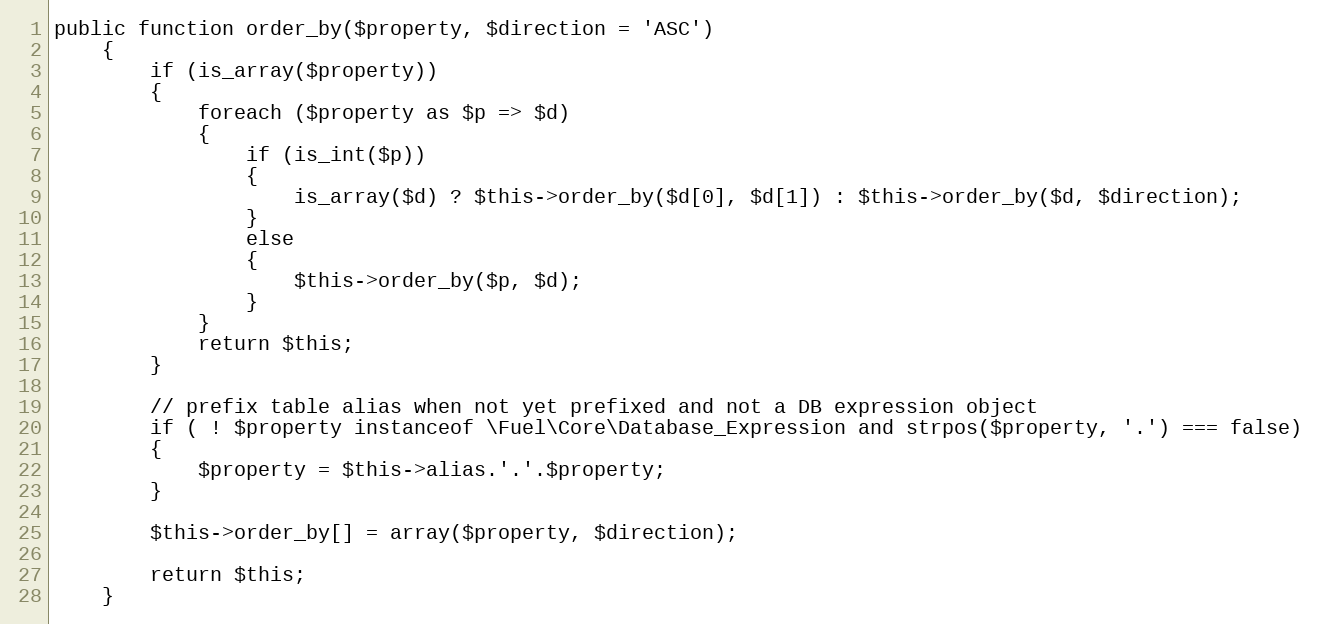
Language: PHP
public function order_by($property, $direction = 'ASC')
	{
		if (is_array($property))
		{
			foreach ($property as $p => $d)
			{
				if (is_int($p))
				{
					is_array($d) ? $this->order_by($d[0], $d[1]) : $this->order_by($d, $direction);
				}
				else
				{
					$this->order_by($p, $d);
				}
			}
			return $this;
		}

		// prefix table alias when not yet prefixed and not a DB expression object
		if ( ! $property instanceof \Fuel\Core\Database_Expression and strpos($property, '.') === false)
		{
			$property = $this->alias.'.'.$property;
		}

		$this->order_by[] = array($property, $direction);

		return $this;
	}